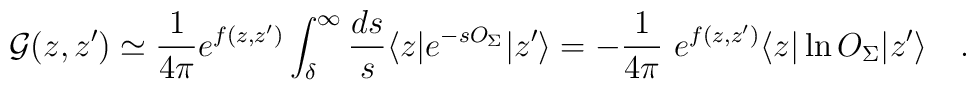
{\cal G}(z,z')\simeq{1 \over 4\pi}e^{f(z,z')}\int_{\delta}^{\infty}{ds \over s}\langle z|e^{-s O_{\Sigma}}|z'\rangle=-{1 \over 4\pi}~e^{f(z,z')}\langle z|\ln O_{\Sigma}|z'\rangle~~~.